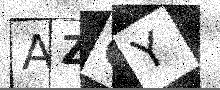
Text: AZGY